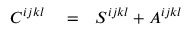
\begin{array} { r l r } { C ^ { i j k l } } & { { } = } & { S ^ { i j k l } + A ^ { i j k l } } \end{array}